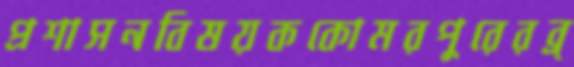
প্রশাসনবিষয়ককোমরপুরেরব্র্